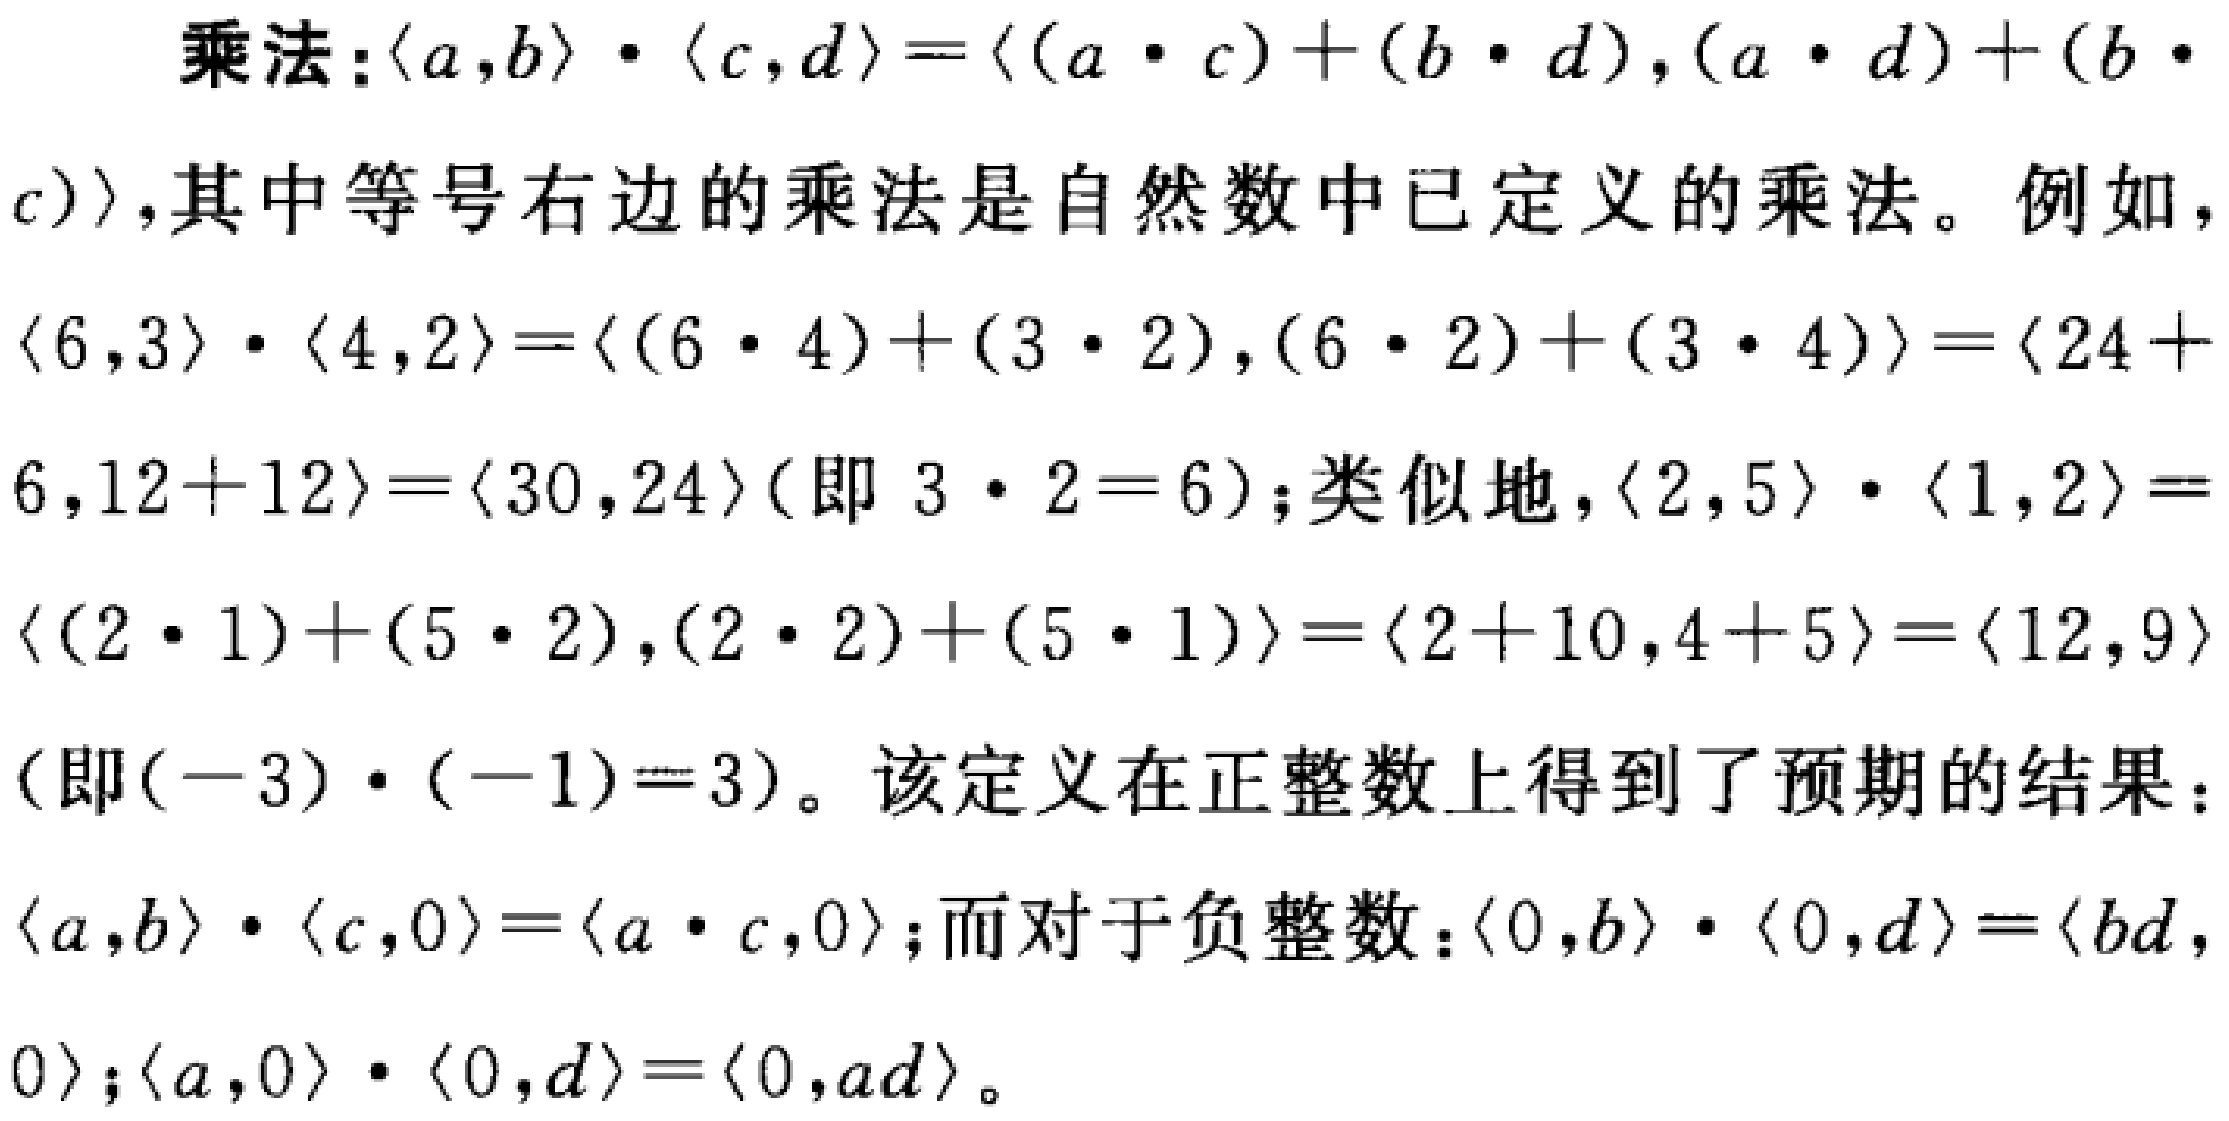
乘法：\(\langle a,b\rangle\cdot\langle c,d\rangle = \langle (a\cdot c)+(b\cdot d),(a\cdot d)+(b\cdot c)\rangle\)，其中等号右边的乘法是自然数中已定义的乘法。例如，\(\langle 6,3\rangle\cdot\langle 4,2\rangle=\langle (6\cdot 4)+(3\cdot 2),(6\cdot 2)+(3\cdot 4)\rangle=\langle 24 + 6,12+12\rangle=\langle 30,24\rangle\)（即 \(3\cdot 2 = 6\)）；类似地，\(\langle 2,5\rangle\cdot\langle 1,2\rangle=\langle (2\cdot 1)+(5\cdot 2),(2\cdot 2)+(5\cdot 1)\rangle=\langle 2 + 10,4+5\rangle=\langle 12,9\rangle\)（即\((-3)\cdot(-1)=3\)）。该定义在正整数上得到了预期的结果：\(\langle a,b\rangle\cdot\langle c,0\rangle=\langle a\cdot c,0\rangle\)；而对于负整数：\(\langle 0,b\rangle\cdot\langle 0,d\rangle=\langle bd,0\rangle\)；\(\langle a,0\rangle\cdot\langle 0,d\rangle=\langle 0,ad\rangle\)。